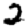
Digit: 2